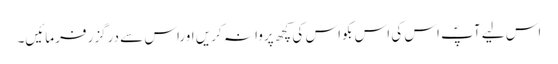
اس لیے آپؐ اس کی اس بکواس کی کچھ پروا نہ کریں اوراس سے درگزر فرمائیں۔